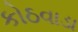
કોઠવાડા